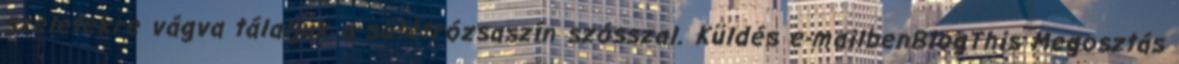
szeletekre vágva tálaljuk a sötétrózsaszín szósszal. Küldés e-mailbenBlogThis Megosztás